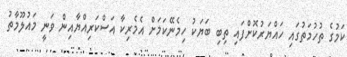
ކަމުގެ ތުހުމަތުގައި ހައްޔަރުކޮށްފައި ތިބި ބަޔަކު ހިމެނޭކަމަށް އެމެރިކާ އަސްކަރިއްޔާއިން ވަނީ މައުލޫމާތު